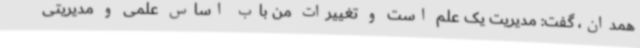
همدان، گفت: مدیریت یک علم است و تغییرات من باب اساس علمی و مدیریتی